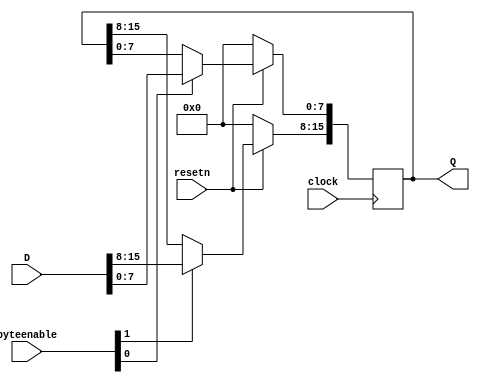
module reg16 (clock, resetn, D, byteenable, Q);
input clock, resetn;
input [1:0] byteenable;
input [15:0] D;
output reg [15:0] Q;
always @( posedge clock)
if (!resetn)
Q <= 16'b0;
else
begin
// Enable writing to each byte separately
if (byteenable[0])   Q[7:0] <= D[7:0];
if (byteenable[1])   Q[15:8] <= D[15:8];
end
endmodule